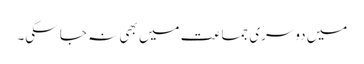
میں دوسری جماعت میں بھی نہ جا سکی۔